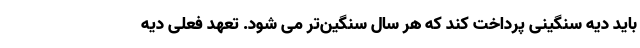
باید دیه سنگینی پرداخت کند که هر سال سنگین‌تر می شود‌. تعهد فعلی دیه